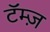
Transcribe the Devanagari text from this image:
टॅम्ज़